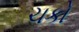
ચકો